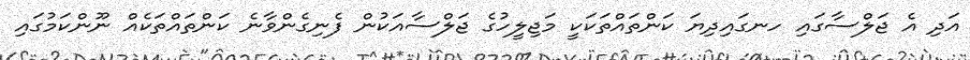
އަދި އެ ޖަލްސާގައި ހނގައިދިޔަ ކަންތައްތަކަކީ މަޖިލީހުގެ ޖަލްސާއަކުން ފެނިގެންވާނެ ކަންތައްތަކެއް ނޫންކަމުގައި